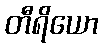
တီရိယော